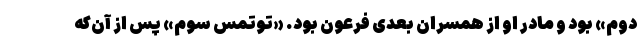
دوم» بود و مادر او از همسران بعدی فرعون بود. «توتمس سوم» پس از آن‌که